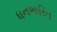
ધનભારિત